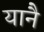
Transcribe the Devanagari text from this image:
यानै